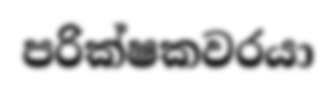
පරික්ෂකවරයා